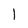
Character: 1